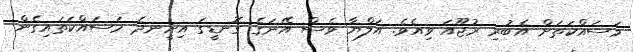
މަސައްކަތަށް އެބުރި ރުޖޫއަ ވިއެވެ. އަލްޔާ ވެސް އޭނަގެ ގޮނޑީގަ އިށީނދެ މަސައްކަތައިގެން